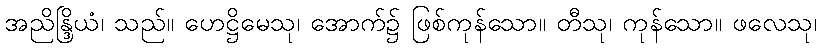
အညိန္ဒြိယံ၊ သည်။ ဟေဋ္ဌိမေသု၊ အောက်၌ ဖြစ်ကုန်သော။ တီသု၊ ကုန်သော။ ဖလေသု၊